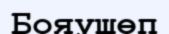
Бояушөп